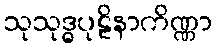
သုသုဒ္ဓပုဠိနာကိဏ္ဏာ